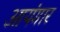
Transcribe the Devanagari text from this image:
आयंगार